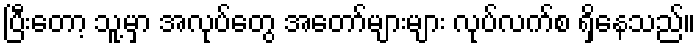
ပြီးတော့ သူ့မှာ အလုပ်တွေ အတော်များများ လုပ်လက်စ ရှိနေသည်။